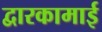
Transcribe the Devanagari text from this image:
द्वारकामाई